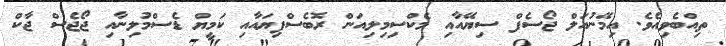
ތިއްބެވިއެވެ. އިމޭނުއަލް ޖޯސެފް ސިޔޭއާއި މެކްސިމިލިއަން ރޮބެސްޕިޔައާއި ކަމީޔް ޑެސްމުލިނާއި ޖޯޖެސް ޖާކް